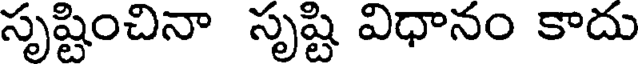
సృష్టించినా సృష్టి విధానం కాదు